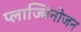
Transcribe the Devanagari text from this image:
प्लाज्मिनोजन